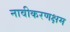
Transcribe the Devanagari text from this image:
नावीकरणक्षम